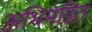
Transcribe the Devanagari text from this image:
अभिमंडित